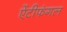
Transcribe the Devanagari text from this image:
ऐंटीफंगल